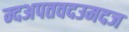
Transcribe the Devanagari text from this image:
म्दअपतवदउमदज